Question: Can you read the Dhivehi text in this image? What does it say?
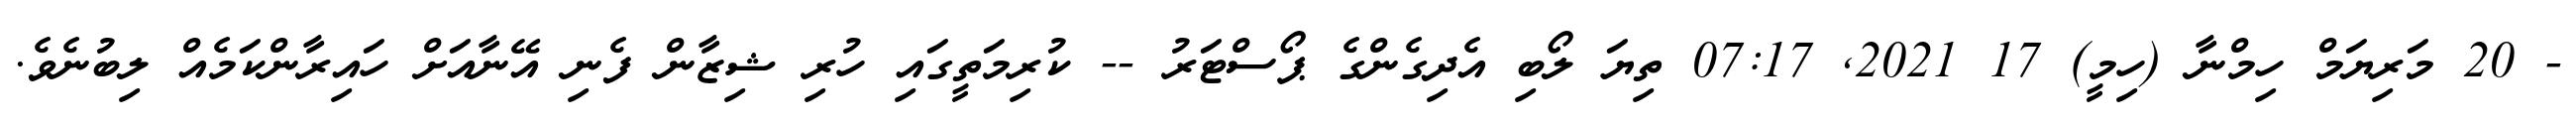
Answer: - 20 މަރިޔަމް ހިމްނާ (ހިމީ) 17 2021, 07:17 ތިޔަ ލޯބި އެދިގެންގެ ޕޯސްޓަރު -- ކުރިމަތީގައި ހުރި ޝިޒާން ފެނި އޭނާއަށް ހައިރާންކަމެއް ލިބުނެވެ.